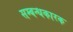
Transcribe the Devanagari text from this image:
सम्बन्धकारक